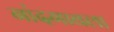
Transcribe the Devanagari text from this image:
नांदगावला